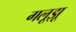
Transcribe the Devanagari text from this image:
गलूझू